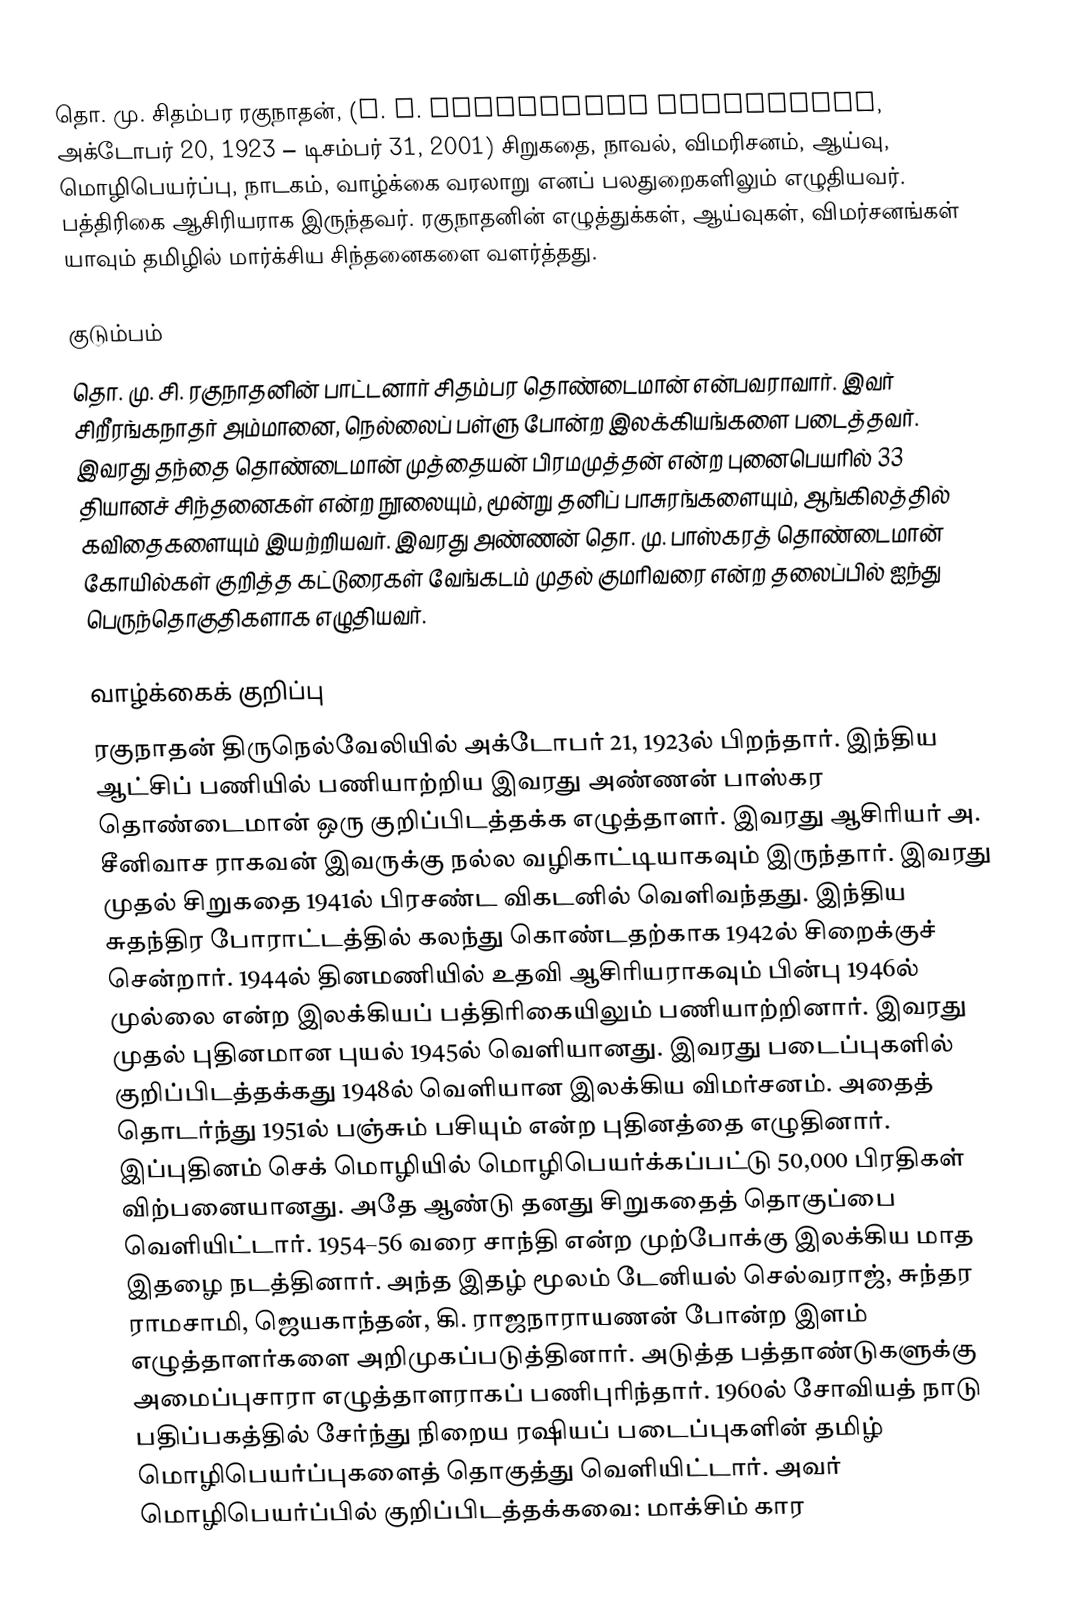
தொ. மு. சிதம்பர ரகுநாதன், (T. M. Chidambara Ragunathan, அக்டோபர் 20, 1923 – டிசம்பர் 31, 2001) சிறுகதை, நாவல், விமரிசனம், ஆய்வு, மொழிபெயர்ப்பு, நாடகம், வாழ்க்கை வரலாறு எனப் பலதுறைகளிலும் எழுதியவர். பத்திரிகை ஆசிரியராக இருந்தவர். ரகுநாதனின் எழுத்துக்கள், ஆய்வுகள், விமர்சனங்கள் யாவும் தமிழில் மார்க்சிய சிந்தனைகளை வளர்த்தது.

குடும்பம்
தொ. மு. சி. ரகுநாதனின் பாட்டனார் சிதம்பர தொண்டைமான் என்பவராவார். இவர் சிறீரங்கநாதர் அம்மானை, நெல்லைப் பள்ளு போன்ற இலக்கியங்களை படைத்தவர். இவரது தந்தை தொண்டைமான் முத்தையன் பிரமமுத்தன் என்ற புனைபெயரில் 33 தியானச் சிந்தனைகள் என்ற நூலையும், மூன்று தனிப் பாசுரங்களையும், ஆங்கிலத்தில் கவிதைகளையும் இயற்றியவர். இவரது அண்ணன் தொ. மு. பாஸ்கரத் தொண்டைமான் கோயில்கள் குறித்த கட்டுரைகள் வேங்கடம் முதல் குமரிவரை என்ற தலைப்பில் ஐந்து பெருந்தொகுதிகளாக எழுதியவர்.

வாழ்க்கைக் குறிப்பு
ரகுநாதன் திருநெல்வேலியில் அக்டோபர் 21, 1923ல் பிறந்தார்.  இந்திய ஆட்சிப் பணியில் பணியாற்றிய இவரது அண்ணன் பாஸ்கர தொண்டைமான் ஒரு குறிப்பிடத்தக்க எழுத்தாளர். இவரது ஆசிரியர் அ. சீனிவாச ராகவன் இவருக்கு நல்ல வழிகாட்டியாகவும் இருந்தார். இவரது முதல் சிறுகதை 1941ல் பிரசண்ட விகடனில் வெளிவந்தது. இந்திய சுதந்திர போராட்டத்தில் கலந்து கொண்டதற்காக 1942ல் சிறைக்குச் சென்றார். 1944ல் தினமணியில் உதவி ஆசிரியராகவும் பின்பு 1946ல் முல்லை என்ற இலக்கியப் பத்திரிகையிலும் பணியாற்றினார். இவரது முதல் புதினமான புயல் 1945ல் வெளியானது. இவரது படைப்புகளில் குறிப்பிடத்தக்கது 1948ல் வெளியான இலக்கிய விமர்சனம். அதைத் தொடர்ந்து 1951ல் பஞ்சும் பசியும் என்ற புதினத்தை எழுதினார். இப்புதினம் செக் மொழியில் மொழிபெயர்க்கப்பட்டு 50,000 பிரதிகள் விற்பனையானது.  அதே ஆண்டு தனது சிறுகதைத் தொகுப்பை வெளியிட்டார். 1954–56 வரை சாந்தி என்ற முற்போக்கு இலக்கிய மாத இதழை நடத்தினார். அந்த இதழ் மூலம் டேனியல் செல்வராஜ், சுந்தர ராமசாமி, ஜெயகாந்தன், கி. ராஜநாராயணன் போன்ற இளம் எழுத்தாளர்களை அறிமுகப்படுத்தினார். அடுத்த பத்தாண்டுகளுக்கு அமைப்புசாரா எழுத்தாளராகப் பணிபுரிந்தார். 1960ல் சோவியத் நாடு பதிப்பகத்தில் சேர்ந்து நிறைய ரஷியப் படைப்புகளின் தமிழ் மொழிபெயர்ப்புகளைத் தொகுத்து வெளியிட்டார். அவர் மொழிபெயர்ப்பில் குறிப்பிடத்தக்கவை: மாக்சிம் கார